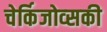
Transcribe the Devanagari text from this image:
चेर्किजोव्सकी